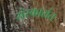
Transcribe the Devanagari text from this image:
संस्कारांत